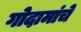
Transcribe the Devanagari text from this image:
गोदामांचे